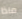
ماذا